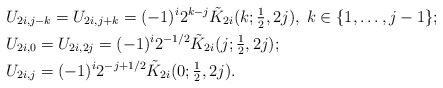
\begin{align*}& U_{2i,j-k} = U_{2i,j+k} = (-1)^i 2^{k-j} \tilde K_{2i}(k;\textstyle{\frac{1}{2}},2j), \; k\in\{1,\ldots,j-1\}; \\& U_{2i,0} = U_{2i,2j} = (-1)^i 2^{-1/2} \tilde K_{2i}(j;\textstyle{\frac{1}{2}},2j); \\& U_{2i,j} =(-1)^i 2^{-j+1/2} \tilde K_{2i}(0;\textstyle{\frac{1}{2}},2j).\end{align*}